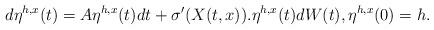
LaTeX: \begin{align*}d\eta^{h,x}(t)= A\eta^{h,x}(t)dt + \sigma'(X(t,x)).\eta^{h,x}(t)dW(t), \eta^{h,x}(0)=h.\end{align*}